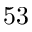
5 3